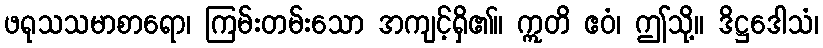
ဖရုသသမာစာရော၊ ကြမ်းတမ်းသော အကျင့်ရှိ၏။ ဣတိ ဧဝံ၊ ဤသို့။ ဒိဋ္ဌဒေါသံ၊